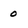
Character: o